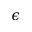
\epsilon